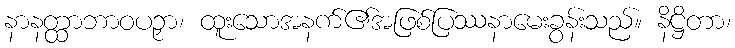
နာနတ္ထာဘာဝပဉှာ၊ ထူးသောအနက်၏အဖြစ်ပြဿနာမေးခွန်းသည်။ နိဋ္ဌိတာ၊